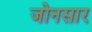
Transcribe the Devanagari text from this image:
जोनसार